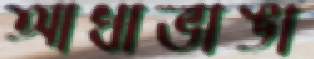
আধাভাঙা